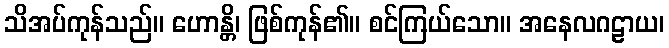
သိအပ်ကုန်သည်။ ဟောန္တိ၊ ဖြစ်ကုန်၏။ စင်ကြယ်သော။ အနေလဂဠာယ၊